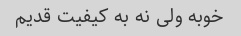
خوبه ولی نه به کیفیت قدیم